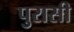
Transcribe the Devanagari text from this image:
पुरासी